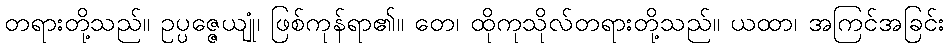
တရားတို့သည်။ ဥပ္ပဇ္ဇေယျုံ၊ ဖြစ်ကုန်ရာ၏။ တေ၊ ထိုကုသိုလ်တရားတို့သည်။ ယထာ၊ အကြင်အခြင်း